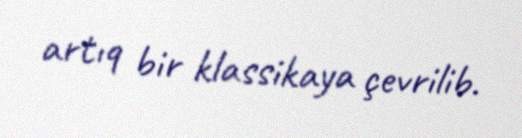
artıq bir klassikaya çevrilib.